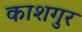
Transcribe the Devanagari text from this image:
काशगुर